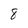
Character: 8